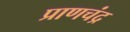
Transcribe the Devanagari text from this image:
प्राणचंद्र